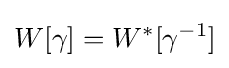
W[\gamma ]=W^{*}[\gamma ^{-1}]